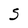
Character: S